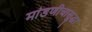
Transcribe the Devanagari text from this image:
मांडणीचासुद्धा